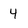
Character: 4